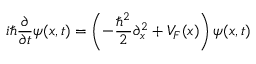
\boldsymbol { i } \hbar \frac { \partial } { \partial t } \boldsymbol { \psi } ( x , t ) = \left( - \frac { \hbar ^ { 2 } } { 2 } \partial _ { x } ^ { 2 } + V _ { F } ( x ) \right) \boldsymbol { \psi } ( x , t )